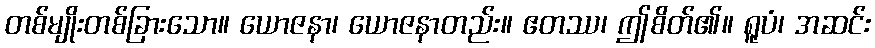
တစ်မျိုးတစ်ခြားသော။ ယောဇနာ၊ ယောဇနာတည်း။ ဧတဿ၊ ဤစိတ်၏။ ရူပံ၊ အဆင်း